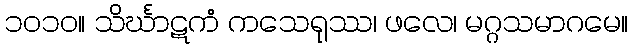
၁၀၁၀။ သိင်္ဃာဋကံ ကသေရုဿ၊ ဖလေ၊ မဂ္ဂသမာဂမေ။